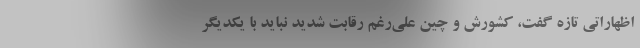
اظهاراتی تازه گفت، کشورش و چین علی‌رغم رقابت شدید نباید با یکدیگر